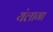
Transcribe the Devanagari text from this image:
यंलागा